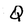
Character: Q